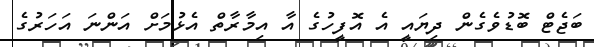
ބަޖެޓް ބޮޑުވެގެން ދިޔައީ އެ އޮފީހުގެ އާ އިމާރާތް އެޅުމަށް އަންނަ އަހަރުގެ